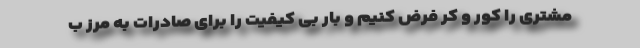
مشتری را کور و کر فرض کنیم و بار بی کیفیت را برای صادرات به مرز ب